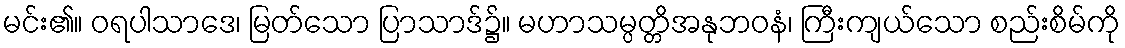
မင်း၏။ ဝရပါသာဒေ၊ မြတ်သော ပြာသာဒ်၌။ မဟာသမ္ပတ္တိအနုဘဝနံ၊ ကြီးကျယ်သော စည်းစိမ်ကို